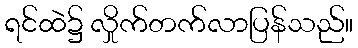
ရင်ထဲ၌ လှိုက်တက်လာပြန်သည်။